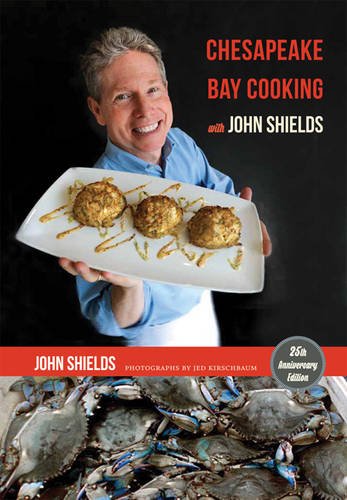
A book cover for Chesapeake Bay Cooking with John Shields; John Shields; Cookbooks, Food & Wine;